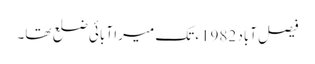
فیصل آباد 1982ء تک میرا آبائی ضلع تھا۔